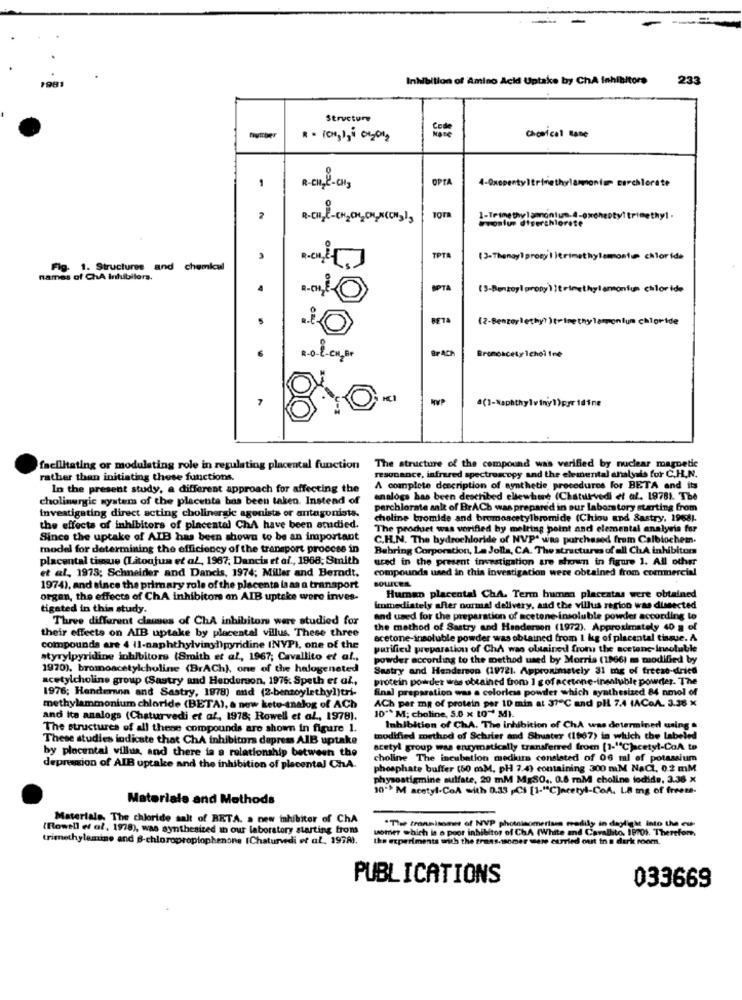
Inhibition of Amino Acid Uptake by ChA Inhibitors
233
Structure
number
chcical name
OPTA
1
wvonfur diserchlorete
TPTA
[3-Thenay]prosy | }trimethylamost@ chlor ide
Fig. 1. Structures and chemical
Fig.
names of ChA Infubilera.
.
SPTA
5
BETA
(2-Benzoylethy? )trinethy lamponium chloride
6
BPACH
Bromoacety Ichol Ine
7
a(1-Naphthyl
iny1)por idine
OIC
The structure of the compound was verified by nuclear magnetic
facilitating or modulating role in regulating placental function
rather than initiating these functions.
resonance, infrared spectroscopy and the elemental analysis for C.H.N.
In the present study, a different approach for affecting the
A complete description of synthetic procedures for BETA and its
cholinergic system of the placenta bas been taken. Instead of
analogs has been described ellewhere (Chatur-vedi et al. 19781. The
perchlorate salt of BrACh was prepared in our laboratory starting from
Investigating direct acting cholinergic agonista or antagoniste.
choline bromide and bromoacetylbromide (Chiou and Sastry, 1968).
the effects of inhibitors of placental ChA have been studied.
The product was verified by melting point and elemental analysis for
Since the uptake of AIB has been shown to be an important
C.H.N. The hydrochloride of NVPª was purchased from Calbiochem.
model for determining the efficiency of the transport process in
Behring Corporation, La Jolla, CA. The structures of all ChA inhibitors
placental tissue (Litoajun et al, 1967; Dancis et al ., 1968; Smith
ured in the present investigation are shown in figure 1. All other
et al. 1975; Schneider and Dancis, 1974; Miller and Berndt.
compounds used in this investigation were obtained from commercial
1974), and since the primary role of the placenta la as a transport
BOWLES
organ, the effects of ChA inhibitors on AIB uptake were inves-
Human placental ChA. Term humea placeatas were obtained
tigated in this study.
immediately after ourmia! delivery, and the villus region was dissected
Three different classes of ChA inhibitors were studied for
and used for the preparation of acetone insoluble powder according to
their effects on AIB uptake by placental villus. These three
the method of Sastry and Henderson (1972). Approximately 40 a of
acetone-insoluble powder was obtained from 1 kg of placental tissue. A
compounds are 4 il-naphthylvinydipyridine INVPI, one of the
purified preparation of Chi was obtained from the acetone-insoluble
atyrylpyridine inhibitors (Smith et al ., 1967; Cavallito et al .,
powder according to the method used by Morris (1966) ms modified by
1970), bromoacetylcholine (BrACh), one of the halogeneted
Suatry and Henderson (19721. Approximately 31 mg of freese-dried
acetylcholine group (Sastry and Henderson, 1976. Speth et al .,
protein powder was obtained from 1 gofacetone-insoluble powder. The
1976; Henderson and Sastry, 1978) and (2-benzoylethyl)tri-
final preparation was a colorless powder which synthesized 84 nmol of
ACh per mg of protein per 10 min at 37℃ and pl 7.4 1ACoA. 3.38 x
methylammonium chloride (BETA), a new kete-analog of ACh
and ita analogs (Chaturvedi et af, 1978; Rowell et al ., 1978).
10"* M; choline, 5.0 x 10" MI.
The structures of all thene compounds are shown in figure 1.
Inhibition of ChA. The inhibition of ChA was determined using &
These studies indicate that ChA inhibitors depress AIB uptake
modified method of Schrier and Shuster (1967) in which the labeled
by placental villus, and there is a relationship between the
acetyl group was enzymatically transferred from [1-"C)cetyl-CoA to
choline The incubation medkit consisted of 06 ml of potassium
depresion of AIB uptake and the inhibition of placental ChA.
phosphate buffer (50 mM. pH 7.4) containing 300 miM NaCL, 0.2 mM
physostigmine sulfate, 20 mM MgSO .. 0.6 mM choline lodide, 3.38 x
10-1 M acetyl.CoA with 0.33 , CS [1-"C]acetyl-CoA. LA ing of freeza-
Materials and Methods
Materials, The chloride salt of RETA. a new inhibitor of ChA
(Rowell et al, 1978), was synthesized in our laboratory starting from
womer which is o poor inhibitor of ChA (White and Cavallito, 1870%. Therefore,
"Thee tronmisome of NVP photoisomertsss readily in daylight into the cus-
trimethylamine and 8-chloropropiophenone (Chaturvedi et al, 1978).
the experiments with the grass.ssomer were curried ourt in a dark room.
PUBLICATIONS
033669